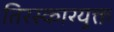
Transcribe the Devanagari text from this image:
तिरस्कारयुक्त